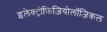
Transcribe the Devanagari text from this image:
इलेक्ट्रोफिज़ियोलॉजिकल